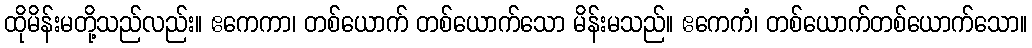
ထိုမိန်းမတို့သည်လည်း။ ဧကေကာ၊ တစ်ယောက် တစ်ယောက်သော မိန်းမသည်။ ဧကေကံ၊ တစ်ယောက်တစ်ယောက်သော။